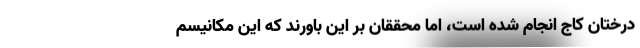
درختان کاج انجام شده است، اما محققان بر این باورند که این مکانیسم